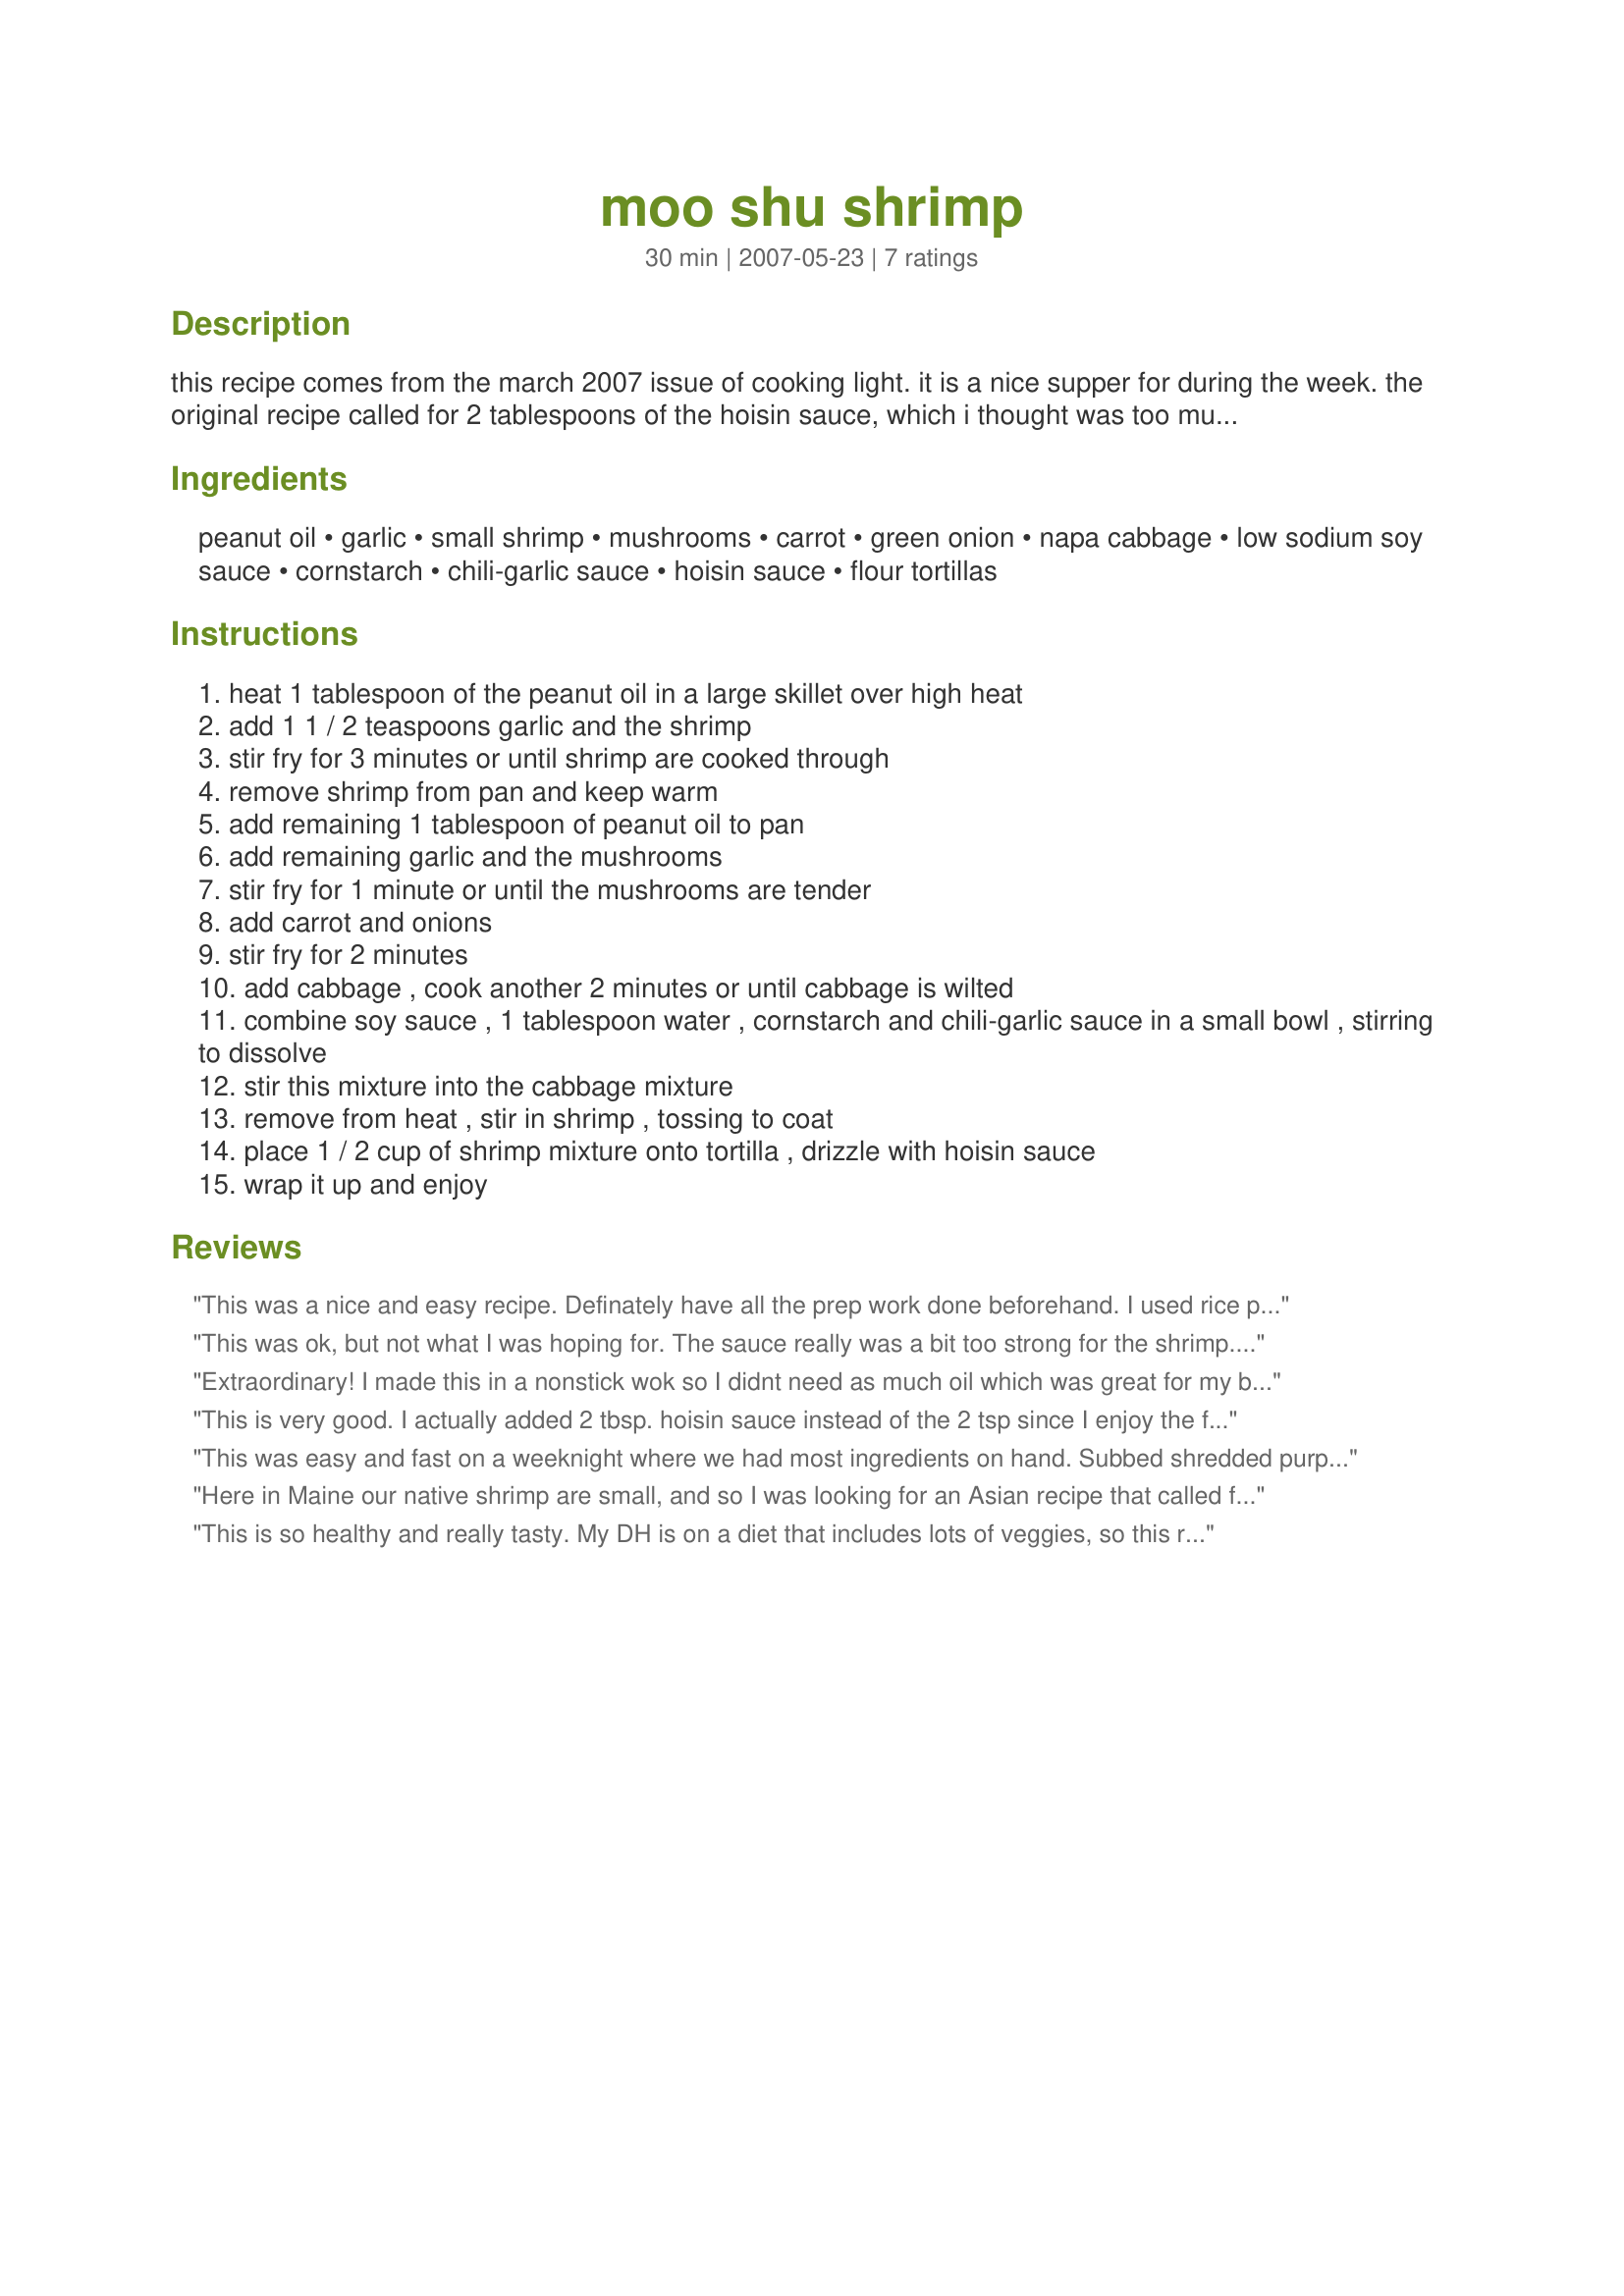
moo shu shrimp
Preparation time: 30 minutes

this recipe comes from the march 2007 issue of cooking light. it is a nice supper for during the week. the original recipe called for 2 tablespoons of the hoisin sauce, which i thought was too much. it has a real strong flavor, and about half that was good for us. i thought the original amount drowned out the other flavors of the recipe. the original recipe also only called for 2 teaspoons of the peanut oil, but i needed more to keep the veggies from sticking.

Ingredients:
peanut oil, garlic, small shrimp, mushrooms, carrot, green onion, napa cabbage, low sodium soy sauce, cornstarch, chili-garlic sauce, hoisin sauce, flour tortillas

Steps:
heat 1 tablespoon of the peanut oil in a large skillet over high heat
add 1 1 / 2 teaspoons garlic and the shrimp
stir fry for 3 minutes or until shrimp are cooked through
remove shrimp from pan and keep warm
add remaining 1 tablespoon of peanut oil to pan
add remaining garlic and the mushrooms
stir fry for 1 minute or until the mushrooms are tender
add carrot and onions
stir fry for 2 minutes
add cabbage , cook another 2 minutes or until cabbage is wilted
combine soy sauce , 1 tablespoon water , cornstarch and chili-garlic sauce in a small bowl , stirring to dissolve
stir this mixture into the cabbage mixture
remove from heat , stir in shrimp , tossing to coat
place 1 / 2 cup of shrimp mixture onto tortilla , drizzle with hoisin sauce
wrap it up and enjoy

Reviews:
This was a nice and easy recipe. Definately have all the prep work done beforehand. I used rice paper (spring roll wrappers) instead of tortillas. I had a few tortillas warmed, but noone wanted them. I made a half batch, since we were having a big asian appetizer style meal. I used 1T of hoisin in the mix, but kept the shrimp serving the same. I also had hoisin on the table for those who wanted more (our family loves hoisin) The little bit that was leftover I tossed into some scrambled eggs and drizzled some hoisin on top. That was delicious, too. Thanks for sharing. Made for Green Eggs and Ham game.
This was ok, but not what I was hoping for. The sauce really was a bit too strong for the shrimp. The sauce also seemed a bit different from the Mushu recipes I am used to. I am sorry I could not rate this higher, especially in light of the reviews this recipe has had. It just didn't work out for us. ~Sue
Extraordinary! I made this in a nonstick wok so I didnt need as much oil which was great for my behind! lol LOVED all the yummy veggies in this! This recipe is so fast to make so be sure to have all your ingredients ready to go into the pan before you begin to cook. This was so amazing that the little bit of leftovers that remained called to me later that evening and didnt make it past the evening news! This will be made again and definitely goes into my KEEPERS cookbook! oh and I used Sriracha for chili garlic sauce as suggested! Yum! Thanks Kim for the amazing recipe! Made for Bev Tag!
This is very good. I actually added 2 tbsp. hoisin sauce instead of the 2 tsp since I enjoy the flavor. Definitely a make again recipe. :)
This was easy and fast on a weeknight where we had most ingredients on hand. Subbed shredded purple cabbage for Napa cabbage and I think this worked just fine. We didn't love it enough to make again, but it wasn't bad.
Here in Maine our native shrimp are small, and so I was looking for an Asian recipe that called for small shrimp (no easy task, that -- most recipes call for large or jumbo) and stumbled on this recipe. We made 1.5 times the amount of sauce, which made it a little runny, but *full* of flavor! Ate way too much and enjoyed every minute of it; thanks for posting!
This is so healthy and really tasty. My DH is on a diet that includes lots of veggies, so this really fit the bill. I followed the recipe exactly but mixed the 2 teaspoons of hoisin sauce into the cornstarch mixture. We ended up drizzling extra hoisin on each wrap, and it was PERFECT! Thanks so much for posting this!
